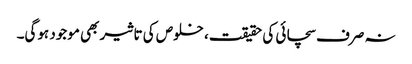
نہ صرف سچائی کی حقیقت، خلوص کی تاثیر بھی موجود ہوگی۔